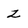
Character: z